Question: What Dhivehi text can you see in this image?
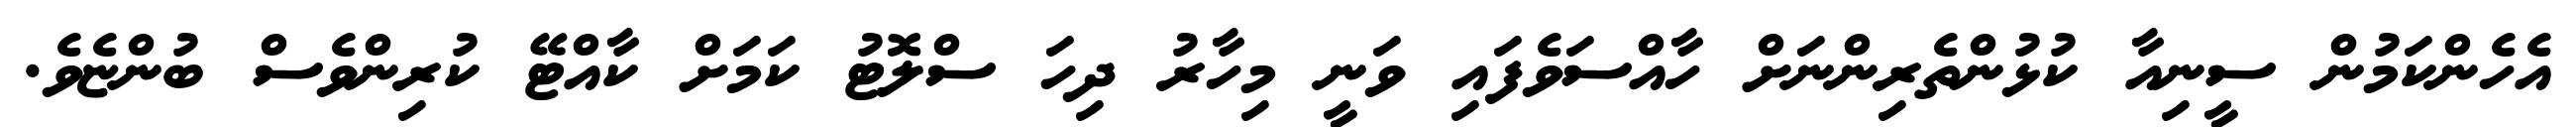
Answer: އެހެންކަމުން ސީނިއާ ކުޅުންތެރިންނަށް ހާއްސަވެފައި ވަނީ މިހާރު ދިހަ ސްލޮޓު ކަމަށް ކާއްޓޭ ކުރިންވެސް ބުންޏެވެ.